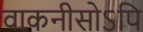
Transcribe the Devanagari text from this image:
वाकनीसोऽपि